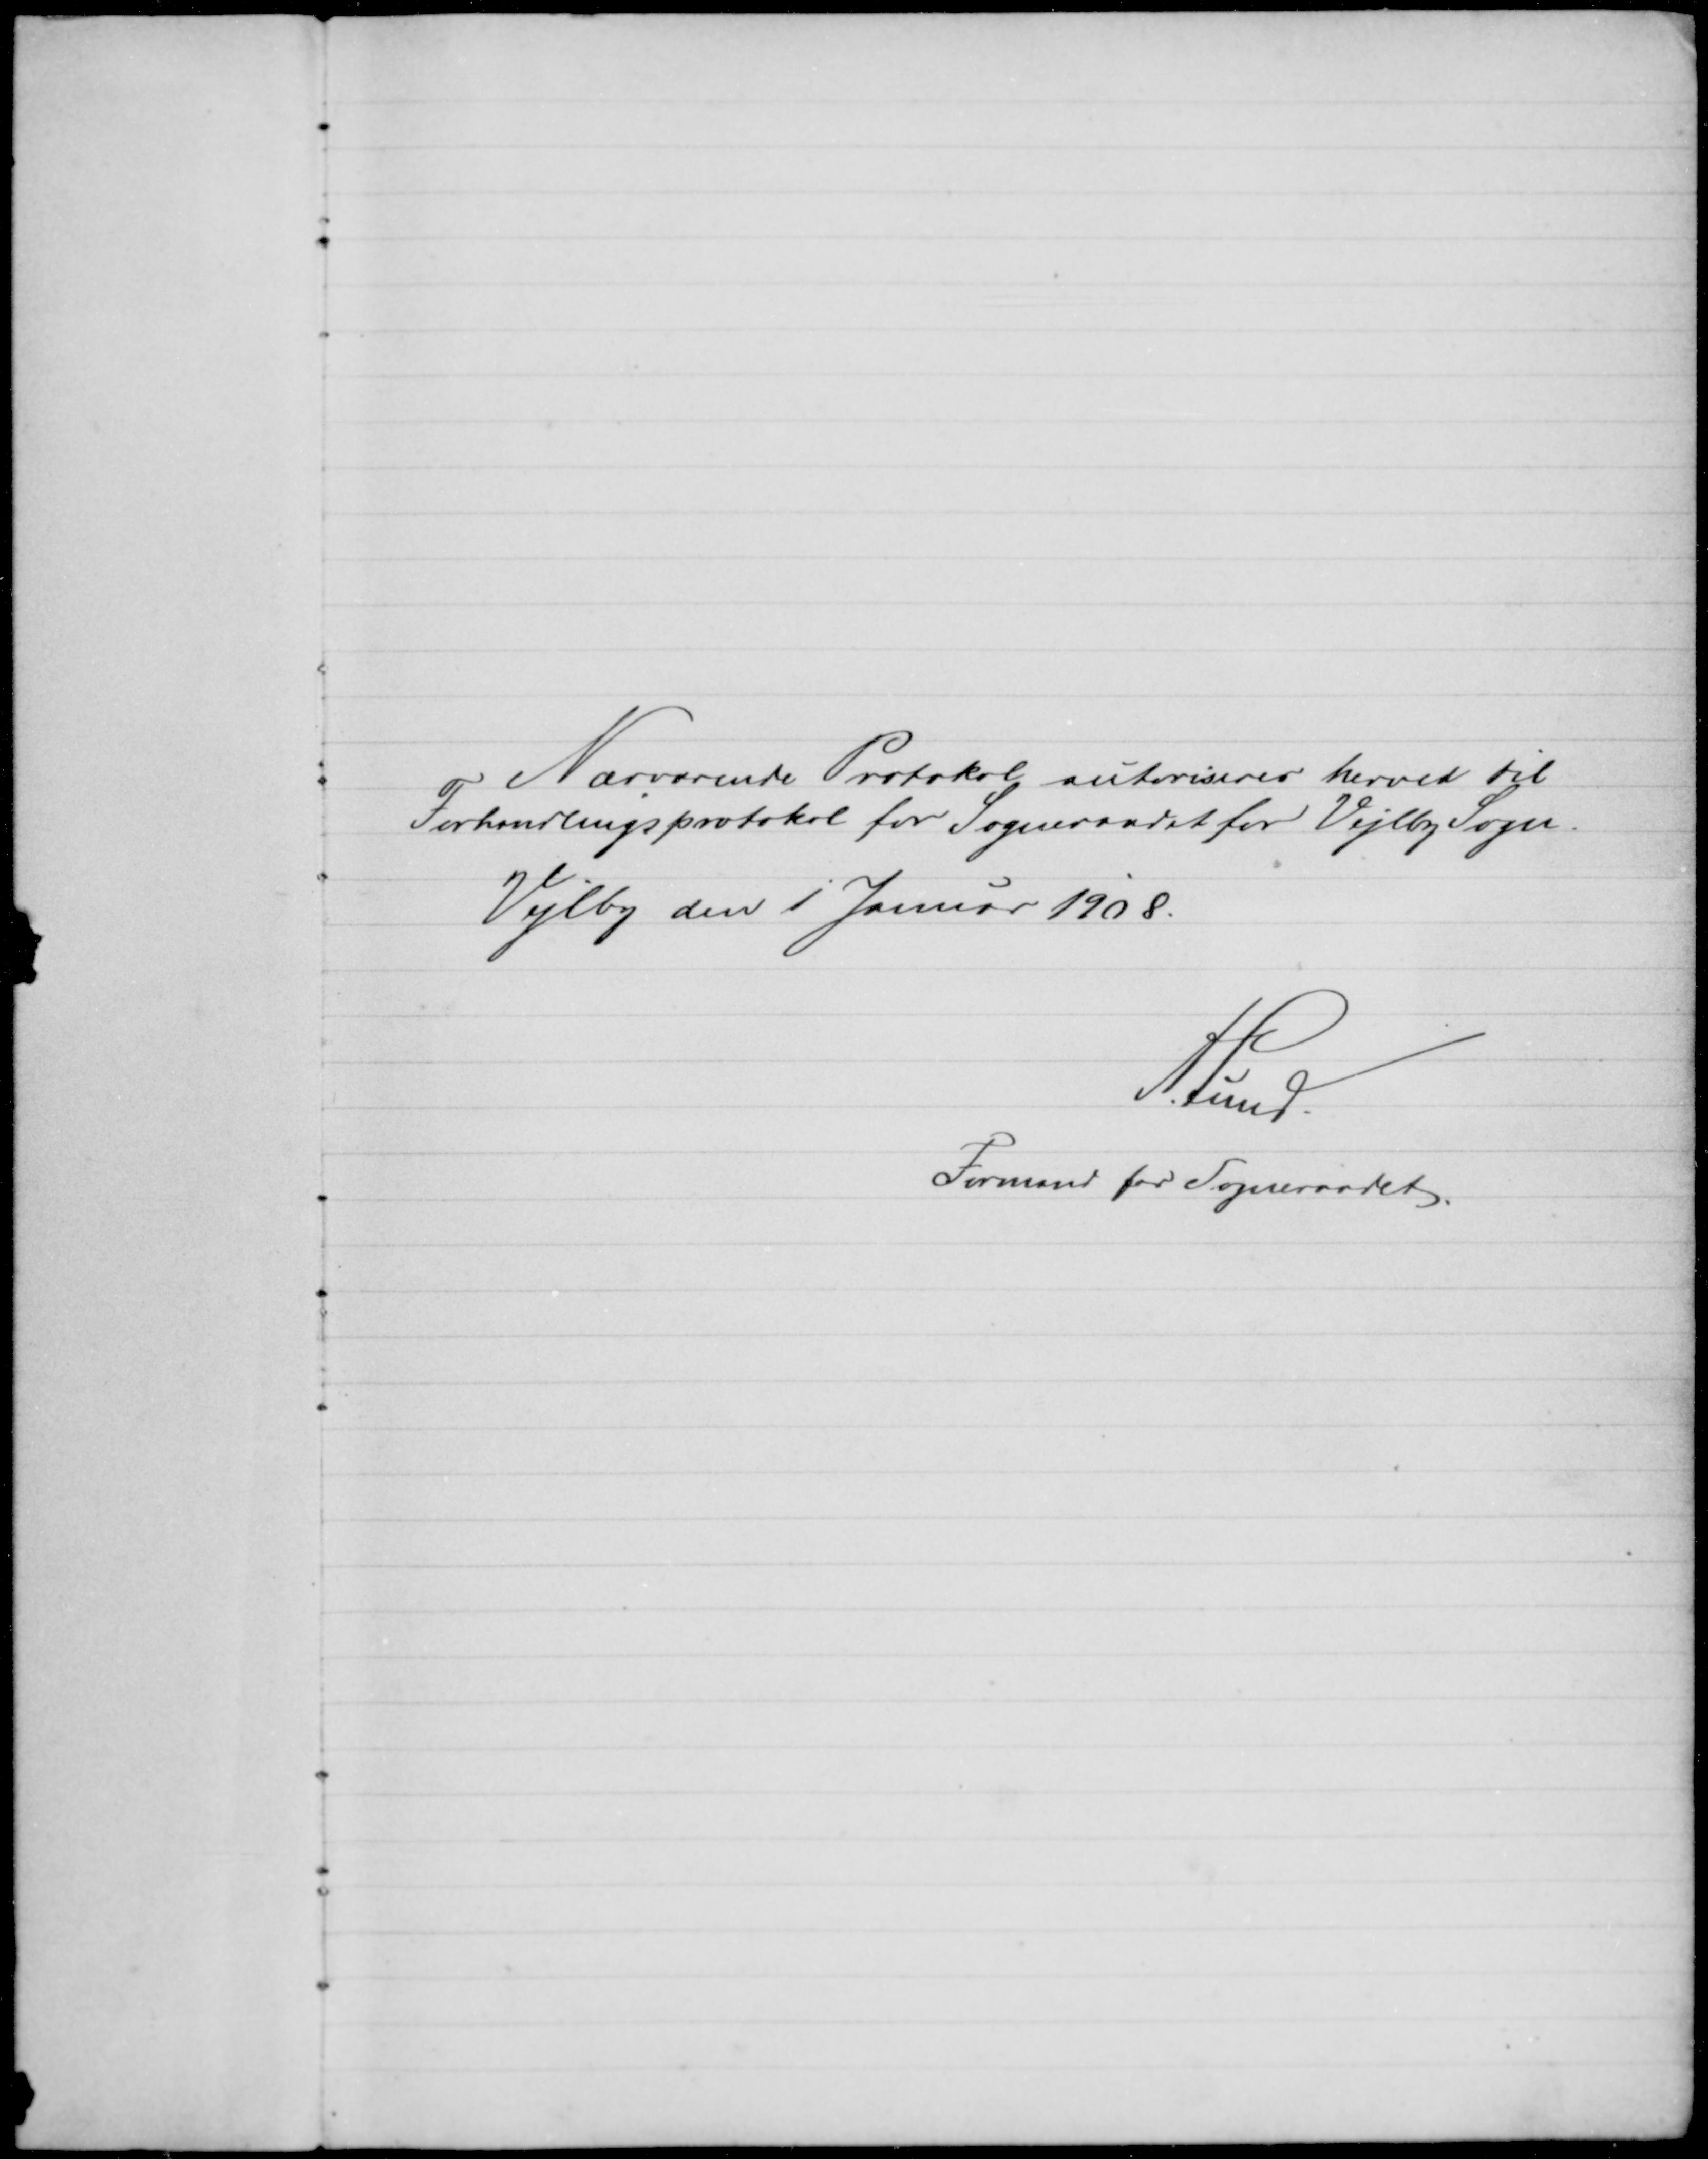
Transskription:
Nærværende Protokol autoriserer herved til
Forhandlingsprotokol for Sogneraadet for Vejlby Sogn.
Vejlby den 1 Januar 1908.
A. Lund.
Formand for Sogneraadet